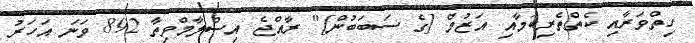
ހިތްވަރާއި ކެތްތެރިކަމާއި އަޒުމް [ގެ ސަބަބުން]" ރާއްޖެ އިސްލާމްވިތާ 892 ވަނަ އަހަރު